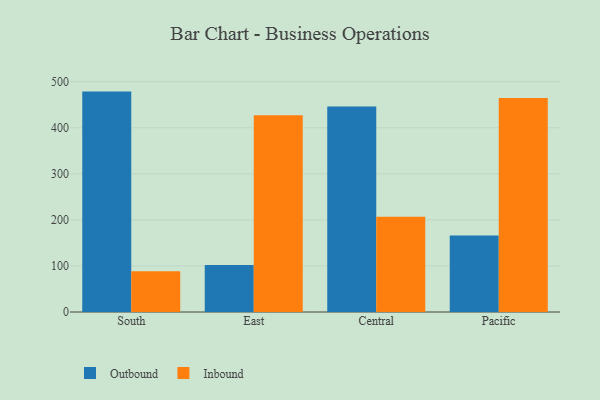
{"axis": {"x": "Region", "y": "Page Views"}, "legend": ["Inbound", "Outbound"], "data": [{"x": "South", "y": 478.5, "type": "Outbound"}, {"x": "South", "y": 88.6, "type": "Inbound"}, {"x": "East", "y": 101.8, "type": "Outbound"}, {"x": "East", "y": 426.9, "type": "Inbound"}, {"x": "Central", "y": 446.4, "type": "Outbound"}, {"x": "Central", "y": 206.6, "type": "Inbound"}, {"x": "Pacific", "y": 166.1, "type": "Outbound"}, {"x": "Pacific", "y": 464.8, "type": "Inbound"}]}